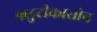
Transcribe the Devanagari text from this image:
फ्लुटीकासोन